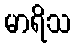
မာရိသ